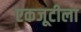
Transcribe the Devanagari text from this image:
एकजूटीला